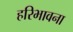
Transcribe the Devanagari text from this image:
हरिभावना